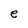
Character: e